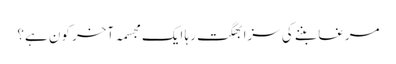
مرغا بننے کی سزا بھگت رہا ایک مجسمہ آخر کون ہے؟